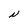
Character: N